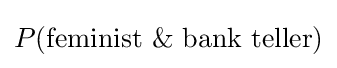
P({\text{feminist}}\ \&\ {\text{bank teller}})